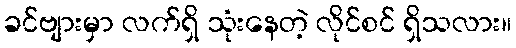
ခင်ဗျားမှာ လက်ရှိ သုံးနေတဲ့ လိုင်စင် ရှိသလား။